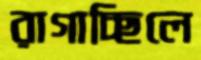
রাগাচ্ছিলে